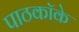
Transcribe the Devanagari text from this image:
पाठकॉके